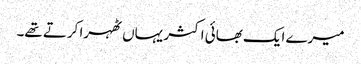
میرے ایک بھائی اکثر یہاں ٹھہرا کرتے تھے۔